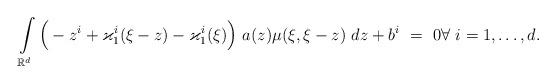
LaTeX: \begin{align*}\int\limits_{\mathbb R^d} \Big( -z^i + \varkappa^i_1 (\xi-z) - \varkappa^i_1 (\xi) \Big) \ a (z) \mu (\xi, \xi -z ) \ dz + b^i \ = \ 0 \forall \ i = 1, \ldots, d.\end{align*}